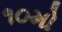
૧૦મો